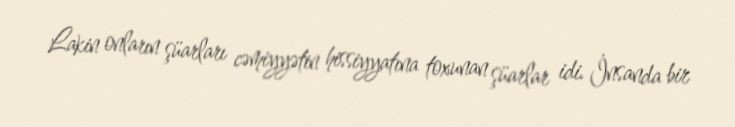
Lakin onların şüarları cəmiyyətin hissiyyatına toxunan şüarlar idi. İnsanda bir